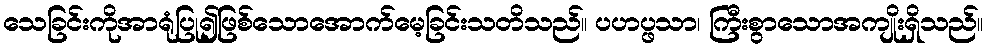
သေခြင်းကိုအာရုံပြု၍ဖြစ်သောအောက်မေ့ခြင်းသတိသည်။ ပဟပ္ဖသာ၊ ကြီးစွာသောအကျိုးရှိသည်။